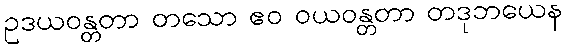
ဥဒယဝန္တတာ တသော ဧဝ ဝယဝန္တတာ တဒုဘယေန